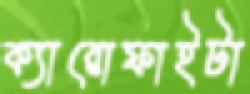
ক্যারোফাইটা